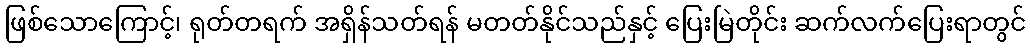
ဖြစ်သောကြောင့်၊ ရုတ်တရက် အရှိန်သတ်ရန် မတတ်နိုင်သည်နှင့် ပြေးမြဲတိုင်း ဆက်လက်ပြေးရာတွင်